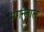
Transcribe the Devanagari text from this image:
मगन्लाल